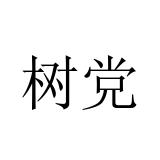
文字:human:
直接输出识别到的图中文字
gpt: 树党